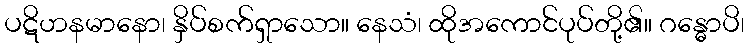
ပဋိဟနမာနော၊ နှိပ်စက်ရှာသော။ နေသံ၊ ထိုအကောင်ပုပ်တို့၏။ ဂန္ဓောပိ၊